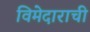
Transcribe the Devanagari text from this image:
विमेदाराची